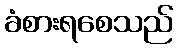
ခံစားရစေသည်